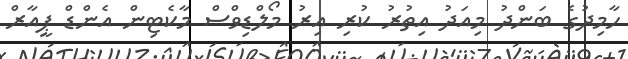
ހާމިދުގެ ބަންދު މިއަދު އިތުރު ކުރި އިރު މޯލްޑިވްސް މާކެޓިން އެންޑް ޕީއާރް